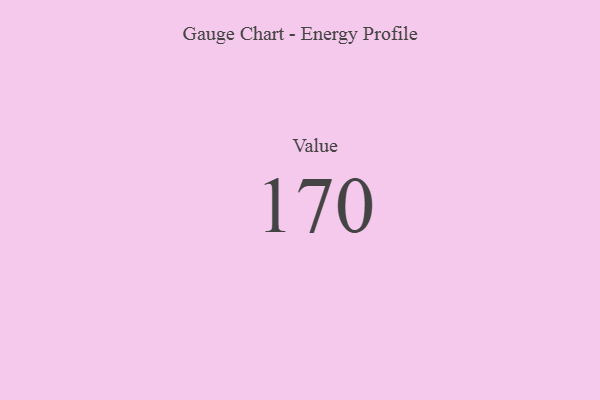
{"axis": {"x": "Metric", "y": "Value"}, "legend": [""], "data": [{"x": "Value", "y": 170, "type": ""}]}